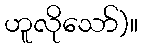
ဟူလိုသော်)။